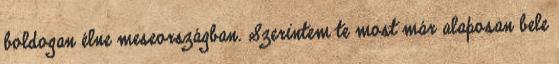
boldogan élne meseországban. Szerintem te most már alaposan bele